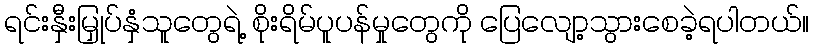
ရင်းနှီးမြှုပ်နှံသူတွေရဲ့ စိုးရိမ်ပူပန်မှုတွေကို ပြေလျော့သွားစေခဲ့ရပါတယ်။